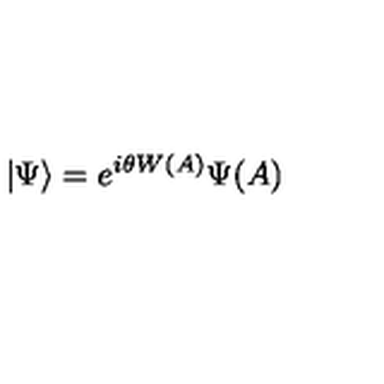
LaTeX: | \Psi \rangle = e ^ { i \theta W ( A ) } \Psi ( A )